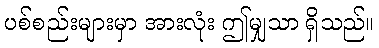
ပစ်စည်းများမှာ အားလုံး ဤမျှသာ ရှိသည်။